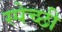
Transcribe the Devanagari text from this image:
स्पेच्छी